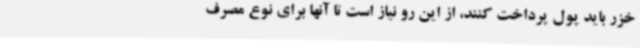
خزر باید پول پرداخت کنند، از این رو نیاز است تا آنها برای نوع مصرف